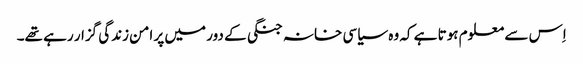
اِس سے معلوم ہوتا ہے کہ وہ سیاسی خانہ جنگی کے دور میں پر امن زندگی گزار رہے تھے۔